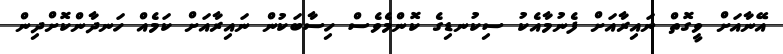
އޭނާއަށް ވީގޮތް ނައިރާއަށް ފެނުމާއެކު ސިކުނޑިގެ ކޮންމެވެސް ހިސާބަކުން ނައިރާއަށް ކަމެއް ހަނދާންކޮށްދިން